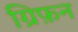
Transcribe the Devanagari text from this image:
ग्रिफ़न